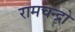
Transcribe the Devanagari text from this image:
रामचन्द्रो